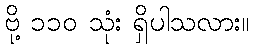
ဗို့ ၁၁၀ သုံး ရှိပါသလား။